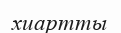
хиартты